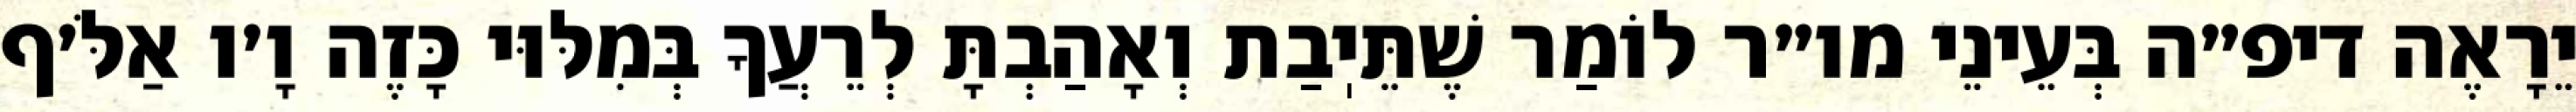
יֵרָאֶה דיפ״ה בְּעֵינֵי מו״ר לוֹמַר שֶׁתֵּיֽבַת וְאָהַבְתָּ לְרֵעֲךָ בְּמִלּוּי כָּזֶה וָ׳ו אַלֹּ׳ף